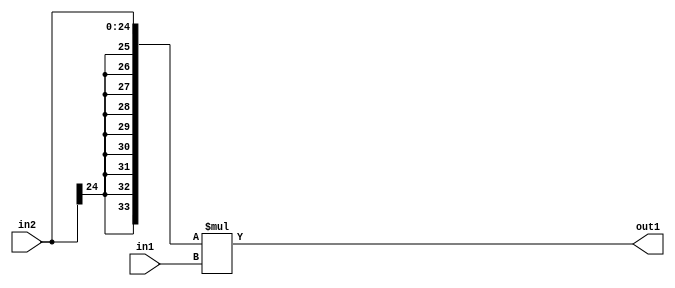
`timescale 1ps / 1ps
/*****************************************************************************
    Verilog RTL Description
    
    
    Created by: Stratus DpOpt 21.05.01 
*******************************************************************************/

module SobelFilter_Mul_25Sx24U_34S_4 (
	in2,
	in1,
	out1
	); /* architecture "behavioural" */ 
input [24:0] in2;
input [23:0] in1;
output [33:0] out1;
wire [33:0] asc001;

assign asc001 = 
	+({{9{in2[24]}}, in2} * in1);

assign out1 = asc001;
endmodule

/* CADENCE  ubL4SA0= : u9/ySxbfrwZIxEzHVQQV8Q== ** DO NOT EDIT THIS LINE ******/